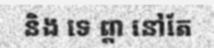
និង ទេ ព្តា នៅតែ